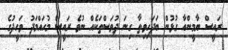
ރައީސް ޔާމީންއާ ގުޅުން ބަދަހިވިތާ ގިނަ ދުވަސްތަކެއް ނުވެ ރައީސް މުހައްމަދު ވަހީދުގެ